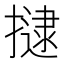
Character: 𭢡